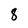
Character: 8